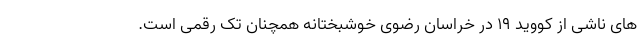
های ناشی از کووید ۱۹ در خراسان رضوی خوشبختانه همچنان تک رقمی است.